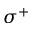
\sigma ^ { + }